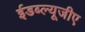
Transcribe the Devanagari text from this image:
ईडब्ल्यूजीए